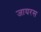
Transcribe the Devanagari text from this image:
जायरस